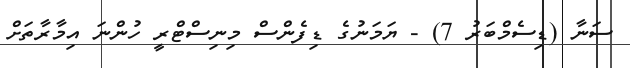
ސަނާ (ޑިސެމްބަރު 7) - ޔަމަނުގެ ޑިފެންސް މިނިސްޓްރީ ހުންނަ އިމާރާތަށް